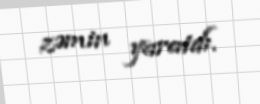
zəmin yaratdı.